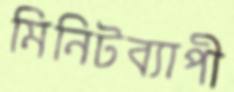
মিনিটব্যাপী